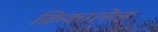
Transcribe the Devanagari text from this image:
क्रिकालेव्ह